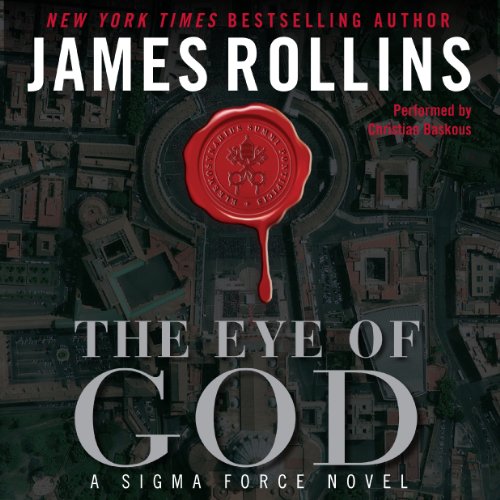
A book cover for The Eye of God: A Sigma Force Novel, Book 9; James Rollins; Literature & Fiction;